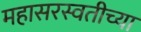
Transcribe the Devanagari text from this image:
महासरस्वतीच्या